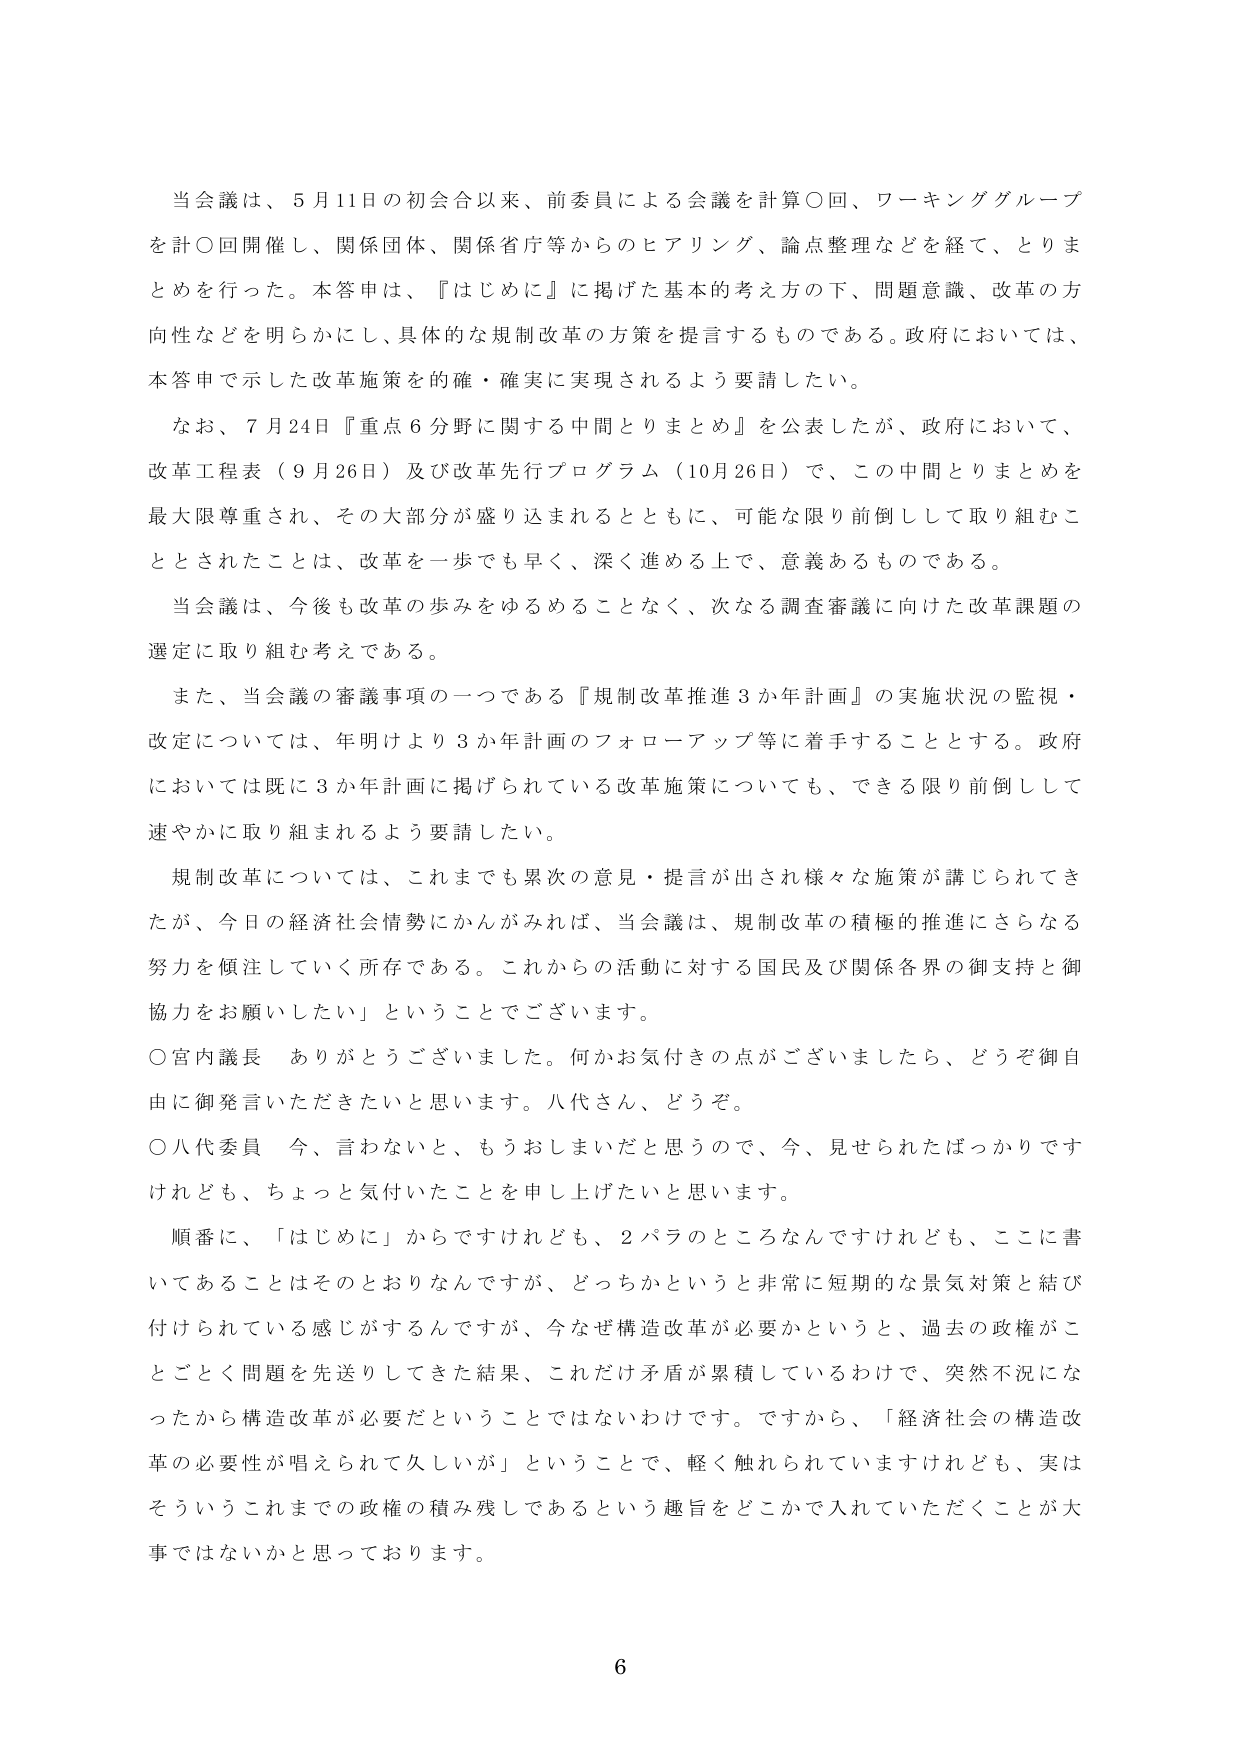
当会議は、5月11日の初会合以来、前委員による会議を計算〇回、ワーキンググループを計〇回開催し、関係団体、関係省庁等からのヒアリング、論点整理などを経て、とりまとめを行った。本答申は、『はじめに』に掲げた基本的考え方の下、問題意識、改革の方向性などを明らかにし、具体的な規制改革の方策を提言するものである。政府においては、本答申で示した改革施策を的確・確実に実現されるよう要請したい。

なお、7月24日『重点6分野に関する中間とりまとめ』を公表したが、政府において、改革工程表（9月26日）及び改革先行プログラム（10月26日）で、この中間とりまとめを最大限尊重され、その大部分が盛り込まれるとともに、可能な限り前倒しして取り組むこととされたことは、改革を一歩でも早く、深く進める上で、意義あるものである。

当会議は、今後も改革の歩みをゆるめることなく、次なる調査審議に向けた改革課題の選定に取り組む考えである。

また、当会議の審議事項の一つである『規制改革推進3か年計画』の実施状況の監視・改定については、年明けより3か年計画のフォローアップ等に着手することとする。政府においては既に3か年計画に掲げられている改革施策についても、できる限り前倒しして速やかに取り組まれるよう要請したい。

規制改革については、これまでも累次の意見・提言が出され様々な施策が講じられてきたが、今日の経済社会情勢にかんがみれば、当会議は、規制改革の積極的推進にさらなる努力を傾注していく所存である。これからの活動に対する国民及び関係各界の御支持と御協力をお願いしたい」ということでございます。

〇宮内議長　ありがとうございました。何かお気付きの点がございましたら、どうぞ御自由に御発言いただきたいと思います。八代さん、どうぞ。

〇八代委員　今、言わないと、もうおしまいだと思うので、今、見せられたばっかりですけれども、ちょっと気付いたことを申し上げたいと思います。

順番に、「はじめに」からですけれども、2パラのところなんですけれども、ここに書いてあることはそのとおりなんですが、どっちかというと非常に短期的な景気対策と結び付けられている感じがするんですが、今なぜ構造改革が必要かというと、過去の政権がことごとく問題を先送りしてきた結果、これだけ矛盾が累積しているわけで、突然不況になったから構造改革が必要だということではないわけです。ですから、「経済社会の構造改革の必要性が唱えられて久しいが」ということで、軽く触れられていますけれども、実はそういうこれまでの政権の積み残しであるという趣旨をどこかで入れていただくことが大事ではないかと思っております。

6